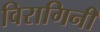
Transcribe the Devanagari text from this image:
विरागिनी